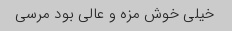
خیلی خوش مزه و عالی بود مرسی